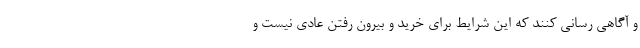
و آگاهی رسانی کنند که این شرایط برای خرید و بیرون رفتن عادی نیست و